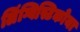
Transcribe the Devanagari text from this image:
लिंग्विस्टिकोया